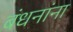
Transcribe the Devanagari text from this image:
बंधनांना